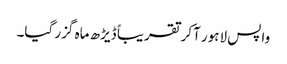
واپس لاہور آکر تقریباً ڈیڑھ ماہ گزر گیا۔